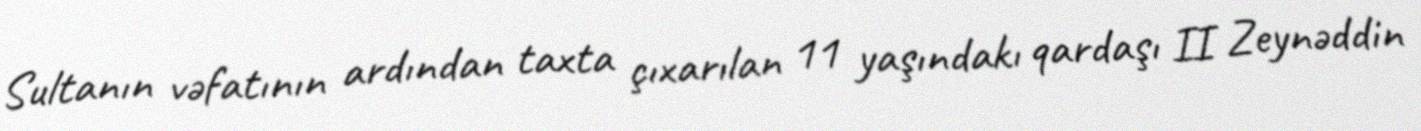
Sultanın vəfatının ardından taxta çıxarılan 11 yaşındakı qardaşı II Zeynəddin